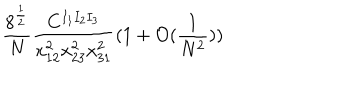
LaTeX: \frac { 8 ^ { \frac { 1 } { 2 } } } { N } \frac { C ^ { I _ { 1 } I _ { 2 } I _ { 3 } } } { x _ { 1 2 } ^ { 2 } x _ { 2 3 } ^ { 2 } x _ { 3 1 } ^ { 2 } } ( 1 + \mathcal { O } ( \frac { 1 } { N ^ { 2 } } ) )